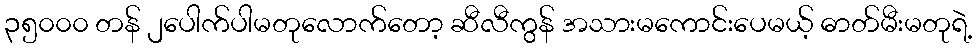
၃၅၀၀၀ တန် ၂ပေါက်ပါမတုလောက်တော့ ဆီလီကွန် အသားမကောင်းပေမယ့် ဓာတ်မီးမတုရဲ့